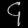
Digit: ၄